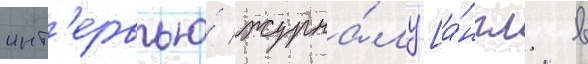
инт'ервью́ журна́лу [а́нгл. в